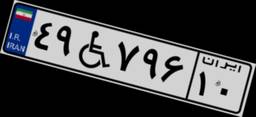
۶۱W۷۰۵۷۰